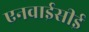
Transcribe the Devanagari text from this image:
एनवाईसीई